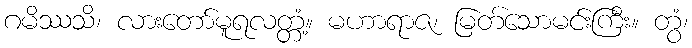
ဂမိဿသိ၊ လားတော်မူရလတ္တံ့။ မဟာရာဇ၊ မြတ်သောမင်းကြီး။ တွံ၊